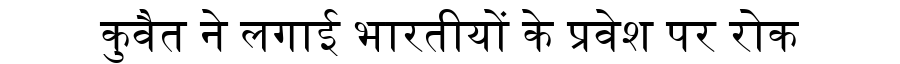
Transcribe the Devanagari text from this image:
कुवैत ने लगाई भारतीयों के प्रवेश पर रोक